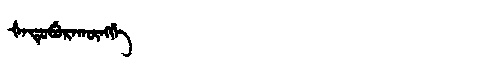
Manchu: ᡧᠠᡨᡠᠪᡠᡵᠠᡴᡡᠩᡤᡝ
Romanization: ŠATUBURAKŪNGGE